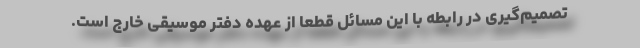
تصمیم‌گیری در رابطه با این مسائل قطعا از عهده دفتر موسیقی خارج است.